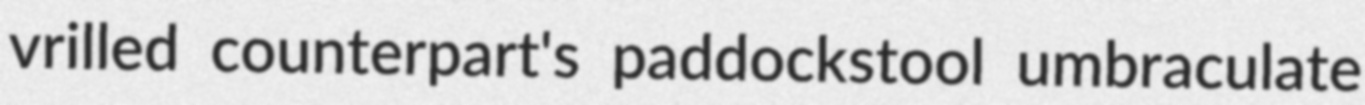
vrilled counterpart's paddockstool umbraculate